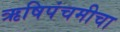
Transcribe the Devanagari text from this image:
ऋषिपंचमीचा